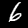
Digit: 6